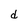
Character: d